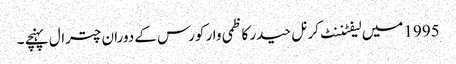
1995 میں لیفٹننٹ کرنل حیدر کاظمی وار کورس کے دوران چترال پہنچے ۔